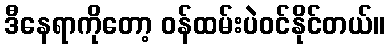
ဒီနေရာကိုတော့ ဝန်ထမ်းပဲဝင်နိုင်တယ်။